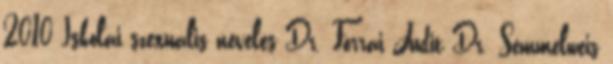
2010 Iskolai szexuális nevelés Dr. Forrai Judit Dr. Semmelweis